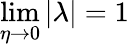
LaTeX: \operatorname*{lim}_{\eta\rightarrow 0}|\lambda|=1